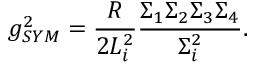
g _ { S Y M } ^ { 2 } = \frac { R } { 2 L _ { i } ^ { 2 } } \frac { \Sigma _ { 1 } \Sigma _ { 2 } \Sigma _ { 3 } \Sigma _ { 4 } } { \Sigma _ { i } ^ { 2 } } .